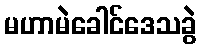
မဟာမဲခေါင်ဒေသခွဲ